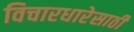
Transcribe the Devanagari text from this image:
विचारधारेसाठी